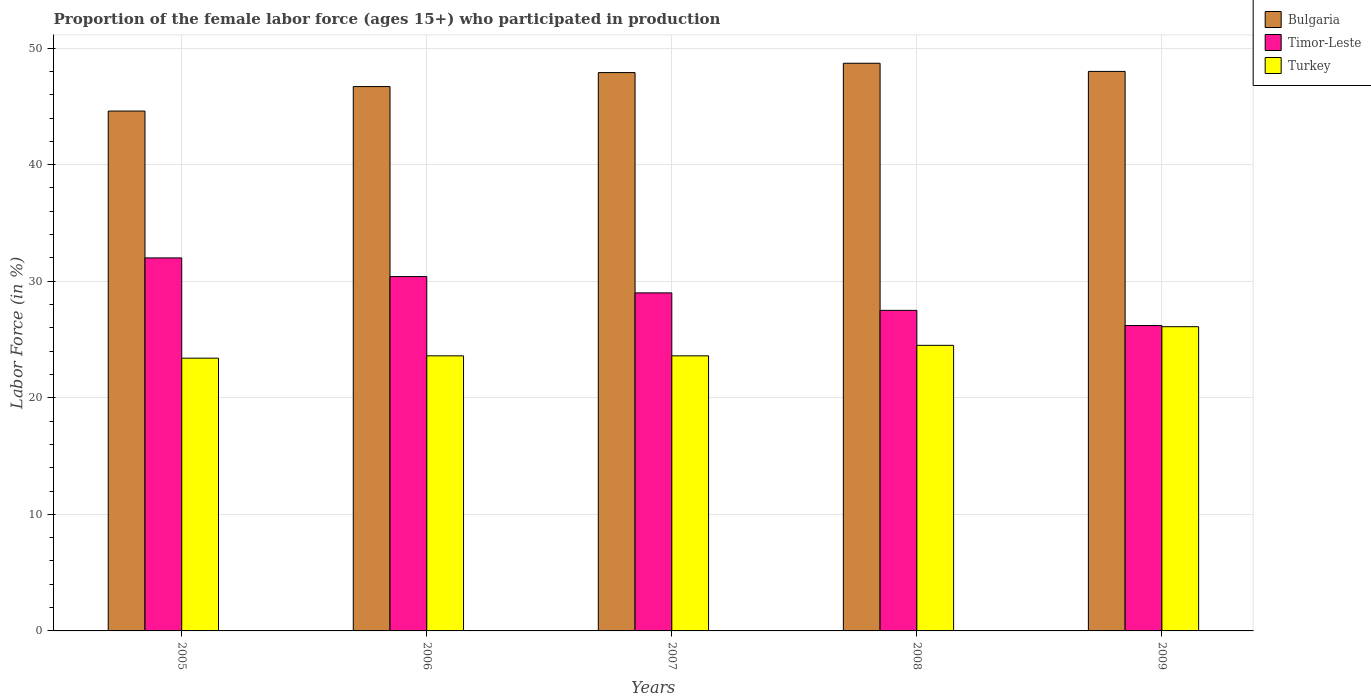
| Years | Bulgaria | Timor-Leste | Turkey |
 | --- | --- | --- | --- |
 | 2005 | 44.6 | 32 | 23.4 |
 | 2006 | 46.7 | 30.4 | 23.6 |
 | 2007 | 47.9 | 29 | 23.6 |
 | 2008 | 48.7 | 27.5 | 24.5 |
 | 2009 | 48 | 26.2 | 26.1 |